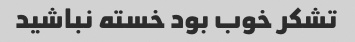
تشکر خوب بود خسته نباشید